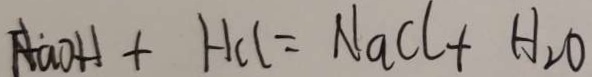
H a O H + H _ { c } l = N a C l + H _ { 2 } O